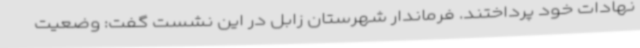
نهادات خود پرداختند. فرماندار شهرستان زابل در این نشست گفت: وضعیت